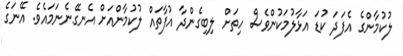
ލުކުމާންގެ އެފަދަ ކުޑަ އަޅާލުމަކުންވެސް ހިތަށް ލިބިގެންދާ އުފާތައް ލުކުމާންއަށް އެނގޭނެނަމައެވެ. އޭނަގެ